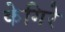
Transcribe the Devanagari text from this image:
केगिरे